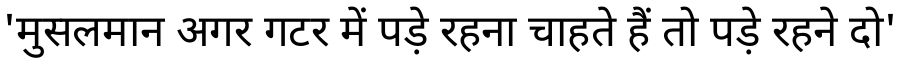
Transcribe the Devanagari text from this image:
'मुसलमान अगर गटर में पड़े रहना चाहते हैं तो पड़े रहने दो'